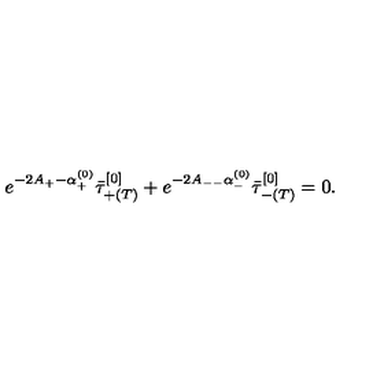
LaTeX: e ^ { - 2 A _ { + } - \alpha _ { + } ^ { ( 0 ) } } \bar { \tau } _ { + ( T ) } ^ { [ 0 ] } + e ^ { - 2 A _ { -- } \alpha _ { - } ^ { ( 0 ) } } \bar { \tau } _ { - ( T ) } ^ { [ 0 ] } = 0 .